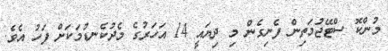
މުންކޮ ސްޓޭޖުމަތިން ފެނިގެން މި ދިޔައީ 14 އަހަރުގެ މެދުކެނޑުމަކަށް ފަހު އެވެ.